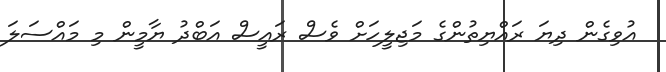
އުވިގެން ދިޔަ ރައްޔިތުންގެ މަޖިލީހަށް ވެސް ރައީސް އަބްދު ޔާމީން މި މައްސަލަ